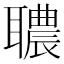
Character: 𦗳